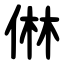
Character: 㑣